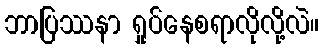
ဘာပြဿနာ ရှုပ်နေစရာလိုလို့လဲ။